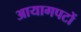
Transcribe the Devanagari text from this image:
आयागपटों